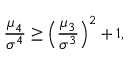
{ \frac { \mu _ { 4 } } { \sigma ^ { 4 } } } \geq \left( { \frac { \mu _ { 3 } } { \sigma ^ { 3 } } } \right) ^ { 2 } + 1 ,